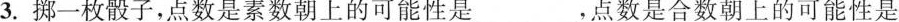
3.掷一枚骰子，点数是素数朝上的可能性是___，点数是合数朝上的可能性是